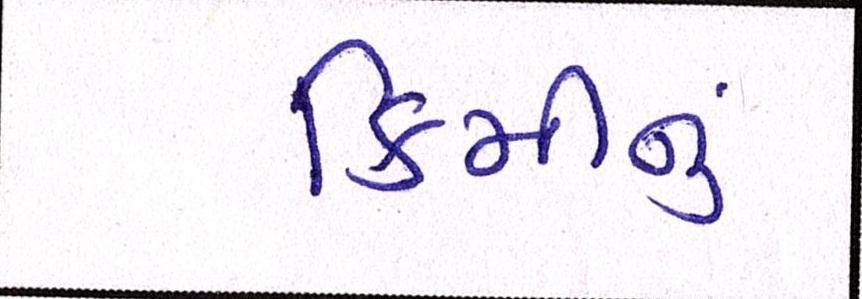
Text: કિમીનું